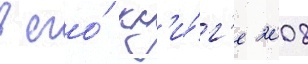
в его́ кн'и́г'е 2008